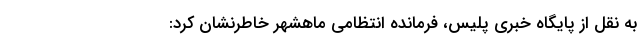
به نقل از پایگاه خبری پلیس، فرمانده انتظامی ماهشهر خاطرنشان کرد: